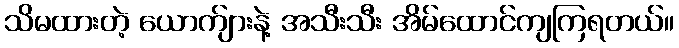
သိမထားတဲ့ ယောက်ျားနဲ့ အသီးသီး အိမ်ထောင်ကျကြရတယ်။